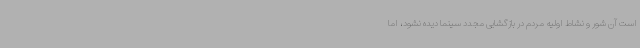
است آن شور و نشاط اولیه مردم در بازگشایی مجدد سینما دیده نشود، اما